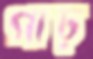
গাঢ়